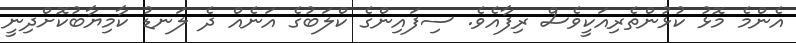
އެންމެ މޮޅު ކުޅުންތެރިއަކީވެސް ރިފާއެވެ. ސިފައިންގެ ކްލަބުގެ އަނެއް ދެ ލަނޑު ކާމިޔާބުކޮށްދިނީ